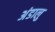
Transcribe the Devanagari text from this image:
अंडालु